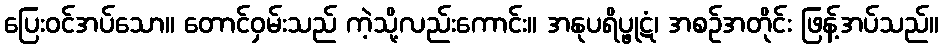
ပြေးဝင်အပ်သော။ တောင်ဝှမ်းသည် ကဲ့သို့လည်းကောင်း။ အနုပရိပ္ဖုဋံ၊ အစဉ်အတိုင်း ဖြန့်အပ်သည်။